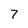
Character: 7